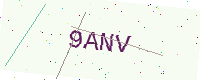
Text: 9ANV